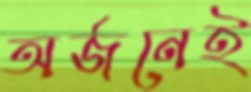
অর্জনেই